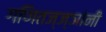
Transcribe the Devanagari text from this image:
गणितज्ज्ञांनी